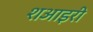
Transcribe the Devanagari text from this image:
शआइरी